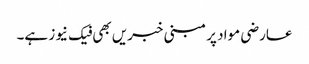
عارضی مواد پر مبنی خبریں بھی فیک نیوز ہے۔